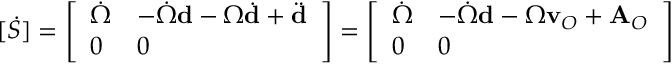
[ { \dot { S } } ] = { \left[ \begin{array} { l l } { { \dot { \Omega } } } & { - { \dot { \Omega } } \mathbf { d } - \Omega { \dot { \mathbf { d } } } + { \ddot { \mathbf { d } } } } \\ { 0 } & { 0 } \end{array} \right] } = { \left[ \begin{array} { l l } { { \dot { \Omega } } } & { - { \dot { \Omega } } \mathbf { d } - \Omega \mathbf { v } _ { O } + \mathbf { A } _ { O } } \\ { 0 } & { 0 } \end{array} \right] }